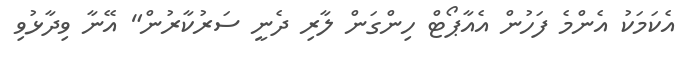
އެކަމަކު އެންމެ ފަހުން އެއާޕޯޓް ހިންގަން ލާރި ދެނީ ސަރުކާރުން" އޭނާ ވިދާޅުވި